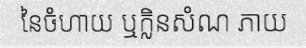
នៃចំហាយ ឬក្លិនសំណ ភាយ